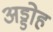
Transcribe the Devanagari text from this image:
अड्डोह